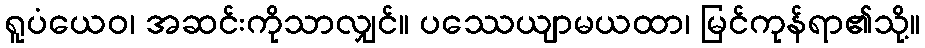
ရူပံယေဝ၊ အဆင်းကိုသာလျှင်။ ပဿေယျာမယထာ၊ မြင်ကုန်ရာ၏သို့။